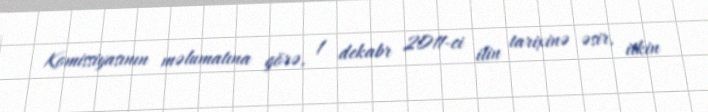
Komissiyasının məlumatına görə, 1 dekabr 2011-ci ilin tarixinə əsir, itkin